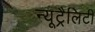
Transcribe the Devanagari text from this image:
न्यूट्रैलिटी